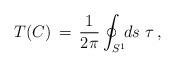
LaTeX: \begin{align*}T(C) \,=\, \frac{1}{2\pi}\oint_{S^1} \!\!ds\,\,\tau\,,\end{align*}